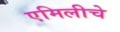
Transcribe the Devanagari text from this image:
एमिलीचे